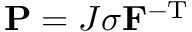
\mathbf { P } = J \sigma \mathbf { F } ^ { - \mathrm { T } }